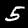
Digit: 5